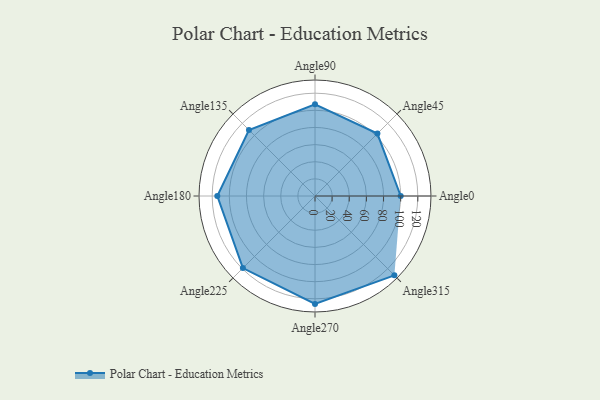
{"axis": {"x": "Angle", "y": "Radius"}, "legend": [""], "data": [{"x": "Angle0", "y": 100.0, "type": ""}, {"x": "Angle45", "y": 103.0, "type": ""}, {"x": "Angle90", "y": 107.0, "type": ""}, {"x": "Angle135", "y": 109.0, "type": ""}, {"x": "Angle180", "y": 114.0, "type": ""}, {"x": "Angle225", "y": 119.0, "type": ""}, {"x": "Angle270", "y": 126.0, "type": ""}, {"x": "Angle315", "y": 131.0, "type": ""}]}